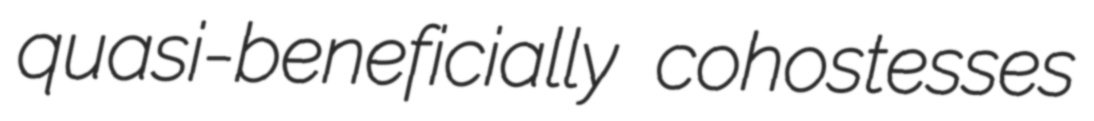
quasi-beneficially cohostesses